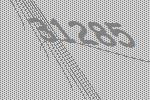
31285